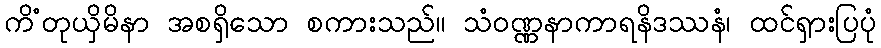
ကိံတုယှိမိနာ အစရှိသော စကားသည်။ သံဝဏ္ဏနာကာရနိဒဿနံ၊ ထင်ရှားပြပုံ